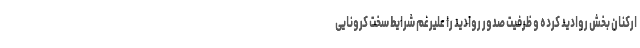
ارکنان بخش روادید کرده و ظرفیت صدور روادید را علیرغم شرایط سخت کرونایی